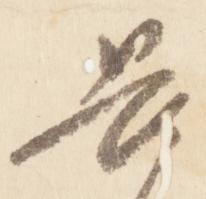
畏